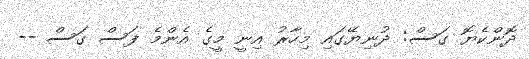
ދޮންކެޔޮ ގަސް: ދުނިޔޭގައި މިހާރު އިނީ މީގެ އެންމެ ފަސް ގަސް --